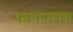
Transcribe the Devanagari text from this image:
फायनलस